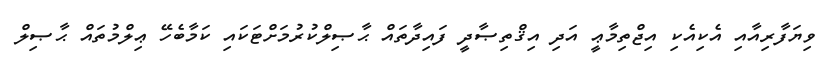
ވިޔަފާރިއާއި އެކިއެކި އިޖްތިމާޢީ އަދި އިޤްތިޞާދީ ފައިދާތައް ޙާޞިލްކުރުމަށްޓަކައި ކަމާބެހޭ ޢިލްމުތައް ޙާޞިލް